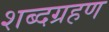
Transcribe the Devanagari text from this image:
शब्दग्रहण